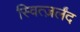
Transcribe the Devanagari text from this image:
स्वित्ज़र्लंद